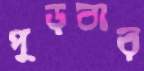
পুড়বার